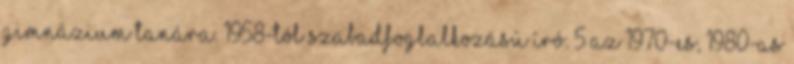
Gimnázium tanára. 1958-tól szabadfoglalkozású író. 5 Az 1970-es, 1980-as